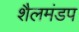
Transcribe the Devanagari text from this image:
शैलमंडप